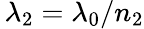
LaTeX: \, \lambda_{2}=\lambda_{0}/n_{2}